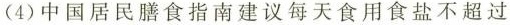
(4)中国居民膳食指南建议每天食用食盐不超过